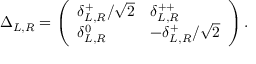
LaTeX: \Delta _ { L , R } = \left( \begin{array} { l l } { { \delta _ { L , R } ^ { + } / \sqrt { 2 } } } & { { \delta _ { L , R } ^ { + + } } } \\ { { \delta _ { L , R } ^ { 0 } } } & { { - \delta _ { L , R } ^ { + } / \sqrt { 2 } } } \end{array} \right) .